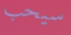
سيحب